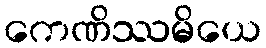
ကေဏိဿမိယေ